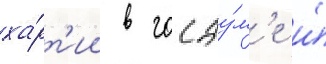
ха́рт'ии в госду́м'е и́